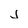
Character: j